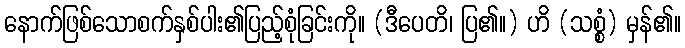
နောက်ဖြစ်သောစက်နှစ်ပါး၏ပြည့်စုံခြင်းကို။ (ဒီပေတိ၊ ပြ၏။) ဟိ (သစ္စံ) မှန်၏။